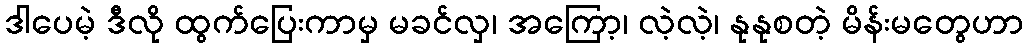
ဒါပေမဲ့ ဒီလို ထွက်ပြေးကာမှ မခင်လှ၊ အကြော့၊ လဲ့လဲ့၊ နုနုစတဲ့ မိန်းမတွေဟာ